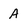
Character: A